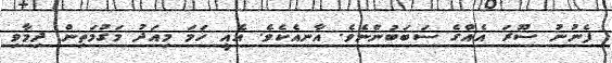
ފެނުނު ސޫރަ އެއްގެ ސަބަބުންނެވެ. އާނއެކެވެ. އެއީ ހަމަ މިއަދު މަގުމަތިން ދިމާވި